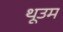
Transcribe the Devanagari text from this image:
थूउम